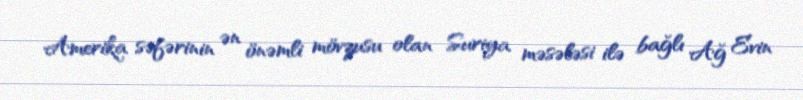
Amerika səfərinin ən önəmli mövzusu olan Suriya məsələsi ilə bağlı Ağ Evin